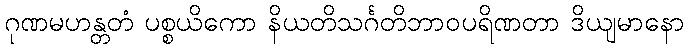
ဂုဏမဟန္တတံ ပစ္စယိကော နိယတိသင်္ဂတိဘာဝပရိဏတာ ဒိယျမာနော